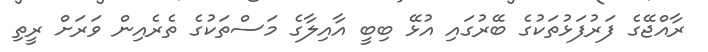
ރާއްޖޭގެ ފަރުފަޅުތަކުގެ ބޭރުގައި އުޅޭ ބިބީ އާއިލާގެ މަސްތަކުގެ ތެރެއިން ވަރަށް ރީތި